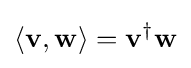
\langle \mathbf {v} ,\mathbf {w} \rangle =\mathbf {v} ^{\dagger }\mathbf {w}